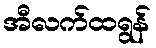
အီလက်ထရွန်